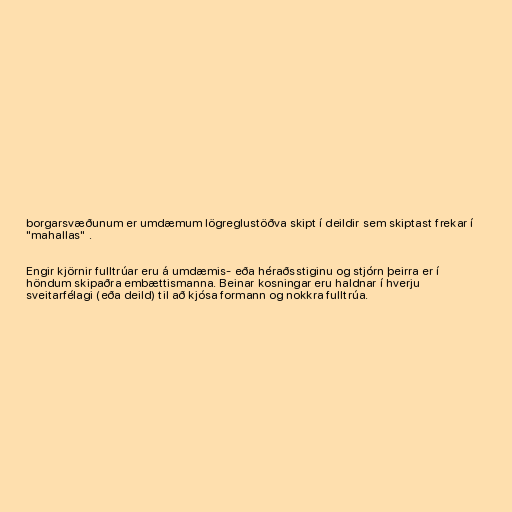
borgarsvæðunum er umdæmum lögreglustöðva skipt í deildir sem skiptast frekar í
"mahallas" .

Engir kjörnir fulltrúar eru á umdæmis- eða héraðsstiginu og stjórn þeirra er í
höndum skipaðra embættismanna. Beinar kosningar eru haldnar í hverju
sveitarfélagi (eða deild) til að kjósa formann og nokkra fulltrúa.